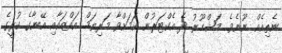
ނެތިއެއް ނޫނެވެ. މަޝްހޫރު ދެ އެކްޓަރުން ކަމަށްވާ މަރިޔަމް އައްޒައާއި އޭނާގެ ކުރީގެ